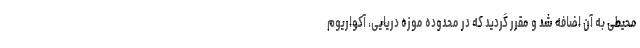
محیطی به آن اضافه شد و مقرر گردید که در محدوده موزه دریایی، آکواریوم